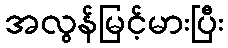
အလွန်မြင့်မားပြီး